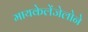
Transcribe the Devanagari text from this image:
मायकेलेंजेलोने